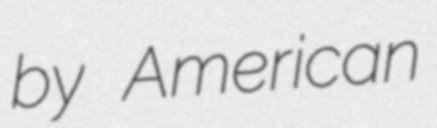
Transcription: by American